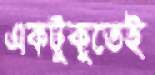
একটুকুতেই